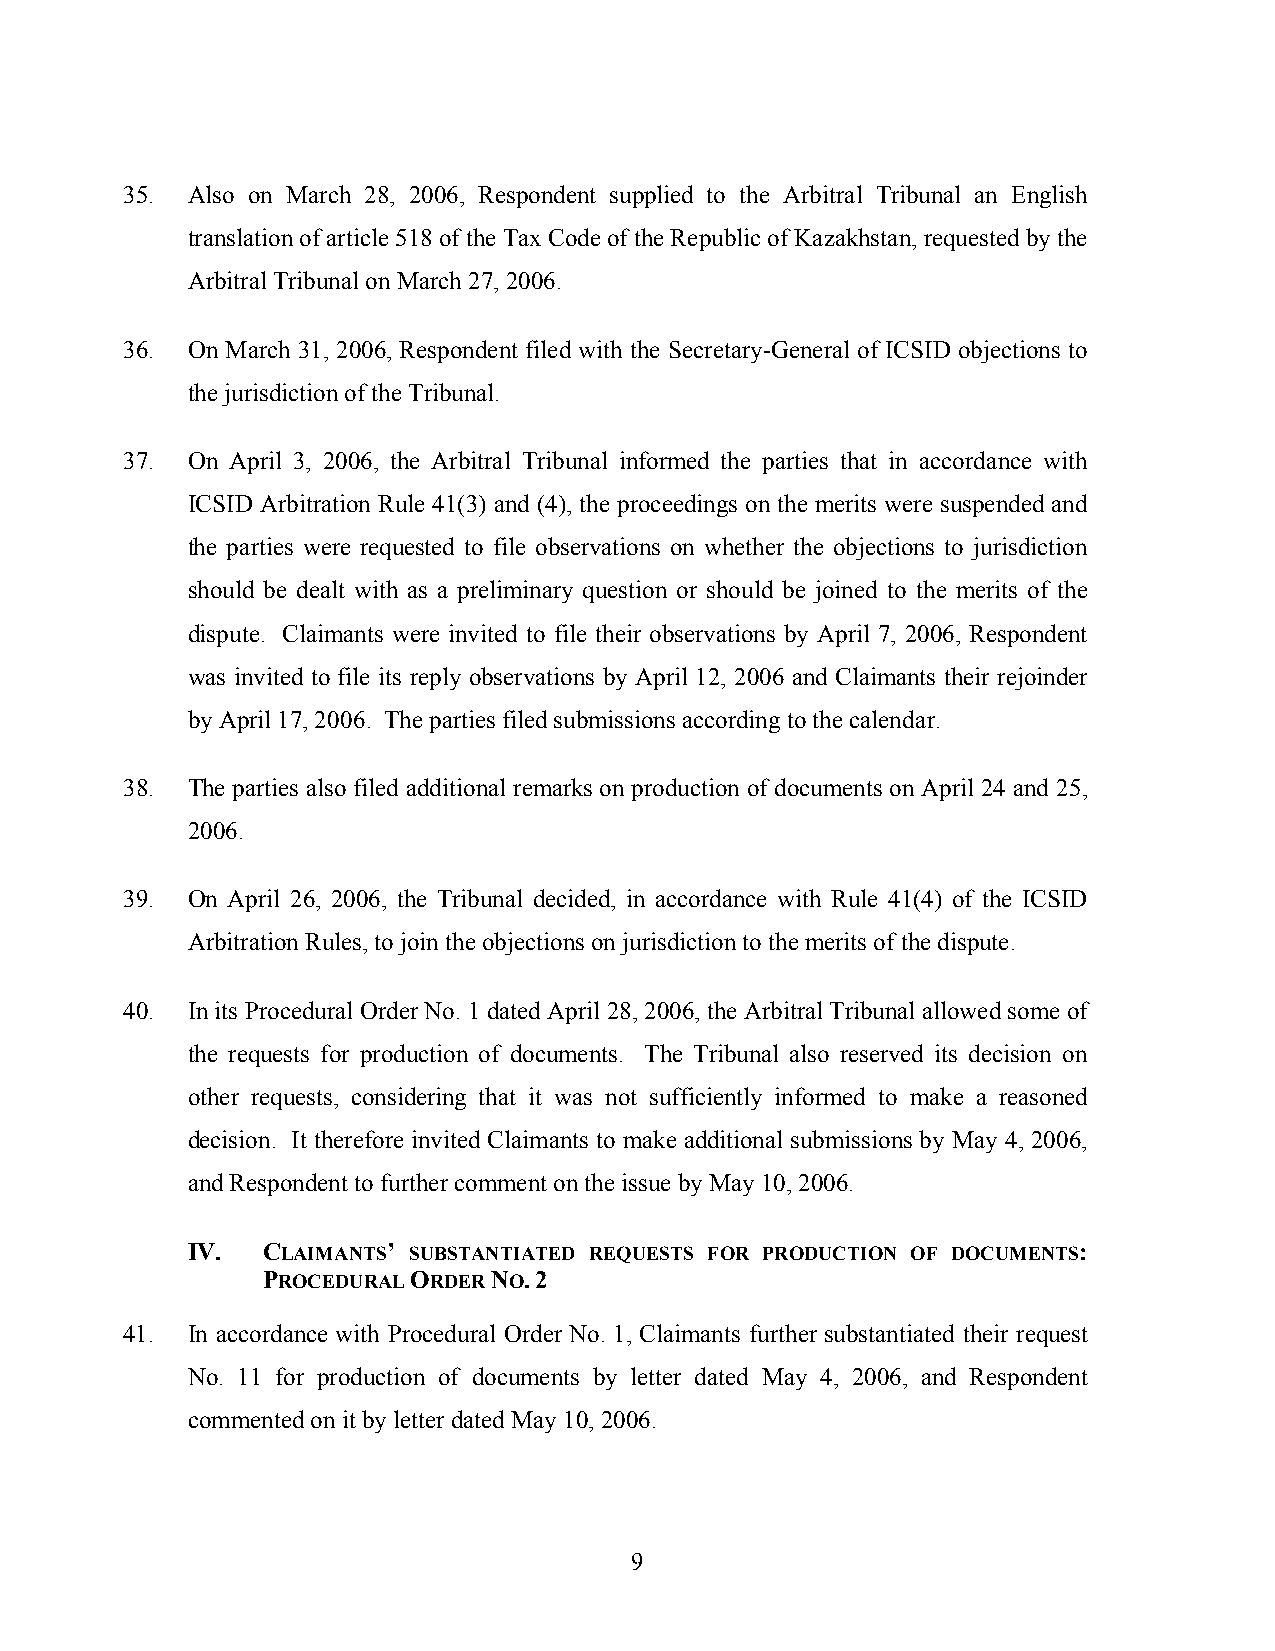
35. Also on March 28, 2006, Respondent supplied to the Arbitral Tribunal an English
 translation of article 518 of the Tax Code of the Republic of Kazakhstan, requested by the
 Arbitral Tribunal on March 27, 2006.
 36. On March 31, 2006, Respondent filed with the Secretary-General of ICSID objections to
 the jurisdiction of the Tribunal.
 37. On April 3, 2006, the Arbitral Tribunal informed the parties that in accordance with
 ICSID Arbitration Rule 41(3) and (4), the proceedings on the merits were suspended and
 the parties were requested to file observations on whether the objections to jurisdiction
 should be dealt with as a preliminary question or should be joined to the merits of the
 dispute. Claimants were invited to file their observations by April 7, 2006, Respondent
 was invited to file its reply observations by April 12, 2006 and Claimants their rejoinder
 by April 17, 2006. The parties filed submissions according to the calendar.
 38. The parties also filed additional remarks on production of documents on April 24 and 25,
 2006.
 39. On April 26, 2006, the Tribunal decided, in accordance with Rule 41(4) of the ICSID
 Arbitration Rules, to join the objections on jurisdiction to the merits of the dispute.
 40. In its Procedural Order No. 1 dated April 28, 2006, the Arbitral Tribunal allowed some of
 the requests for production of documents. The Tribunal also reserved its decision on
 other requests, considering that it was not sufficiently informed to make a reasoned
 decision. It therefore invited Claimants to make additional submissions by May 4, 2006,
 and Respondent to further comment on the issue by May 10, 2006.
 IV.  CLAIMANTS’ SUBSTANTIATED REQUESTS FOR PRODUCTION OF DOCUMENTS:
 PROCEDURAL ORDER NO. 2
 41. In accordance with Procedural Order No. 1, Claimants further substantiated their request
 No. 11 for production of documents by letter dated May 4, 2006, and Respondent
 commented on it by letter dated May 10, 2006.
 9